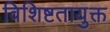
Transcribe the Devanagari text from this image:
विशिष्टतायुक्त